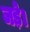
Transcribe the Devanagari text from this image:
जड़े।